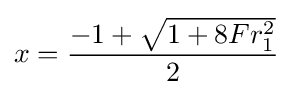
x={\frac {-1+{\sqrt {1+8Fr_{1}^{2}}}}{2}}